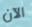
الآن